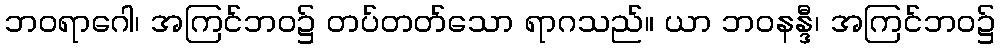
ဘဝရာဂေါ၊ အကြင်ဘဝ၌ တပ်တတ်သော ရာဂသည်။ ယာ ဘဝနန္ဒီ၊ အကြင်ဘဝ၌